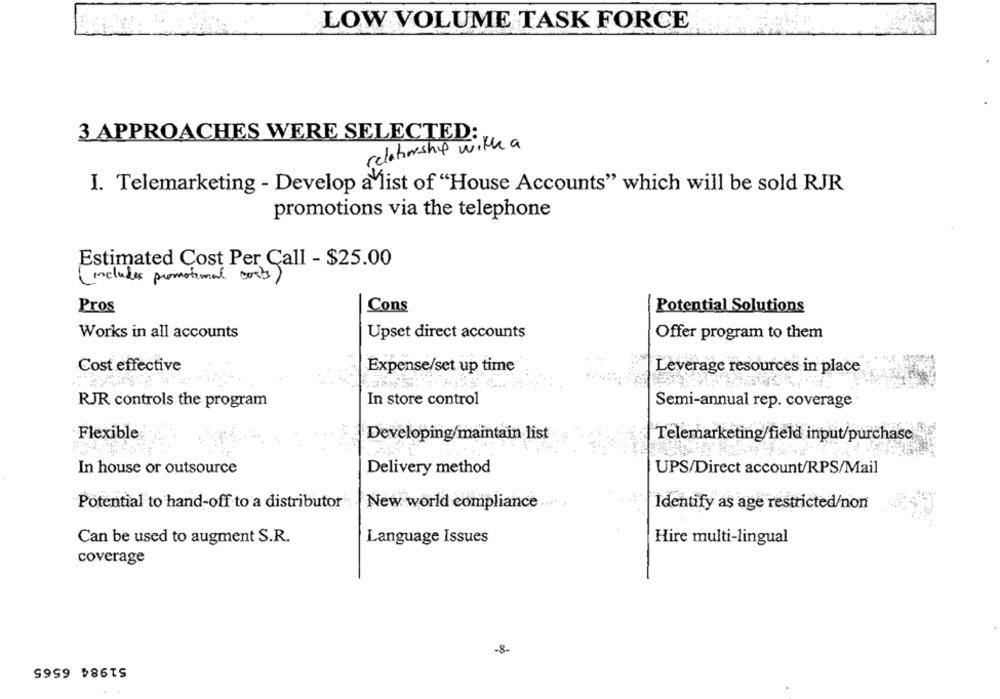
LOW VOLUME TASK FORCE
3 APPROACHES WERE SELECTED:
relationship with a
I. Telemarketing - Develop a list of "House Accounts" which will be sold RJR
promotions via the telephone
Estimated Cost Per Call - $25.00
(includes promotement costs)
Pros
Cons
Potential Solutions
Works in all accounts
Upset direct accounts
Offer program to them
Cost effective
Expense/set up time
Leverage resources in place
RJR controls the program
In store control
Semi-annual rep. coverage
Flexible
Developing/maintain list
Telemarketing/field input/purchase
In house or outsource
Delivery method
UPS/Direct account/RPS/Mail
Potential to hand-off to a distributor
New world compliance
Identify as age restricted/non
Can be used to augment S.R.
Language Issues
Hire multi-lingual
coverage
-8-